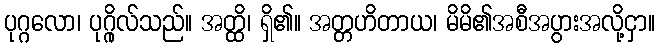
ပုဂ္ဂလော၊ ပုဂ္ဂိုလ်သည်။ အတ္ထိ၊ ရှိ၏။ အတ္တဟိတာယ၊ မိမိ၏အစီအပွားအလို့ငှာ။